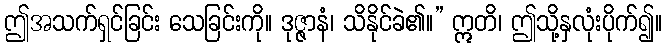
ဤအသက်ရှင်ခြင်း သေခြင်းကို။ ဒုဇ္ဇာနံ၊ သိနိုင်ခဲ၏။” ဣတိ၊ ဤသို့နှလုံးပိုက်၍။